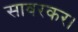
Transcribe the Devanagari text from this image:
सावरकर।